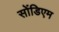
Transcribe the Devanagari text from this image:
सोंडिएम